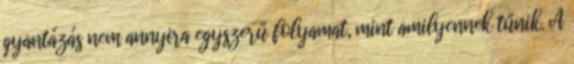
gyantázás nem annyira egyszerű folyamat, mint amilyennek tűnik. A